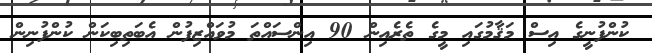
ކުންފުނީގެ އިސް މަޤާމުގައި މީގެ ތެރެއިން 90 އިންސައްތަ މުވައްޒިފުން އެބަތިބިކަން ކުންފުނިން